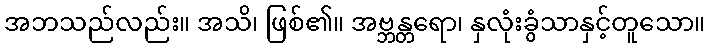
အဘသည်လည်း။ အသိ၊ ဖြစ်၏။ အဗ္ဘန္တရော၊ နှလုံးခွံသာနှင့်တူသော။